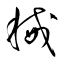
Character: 械